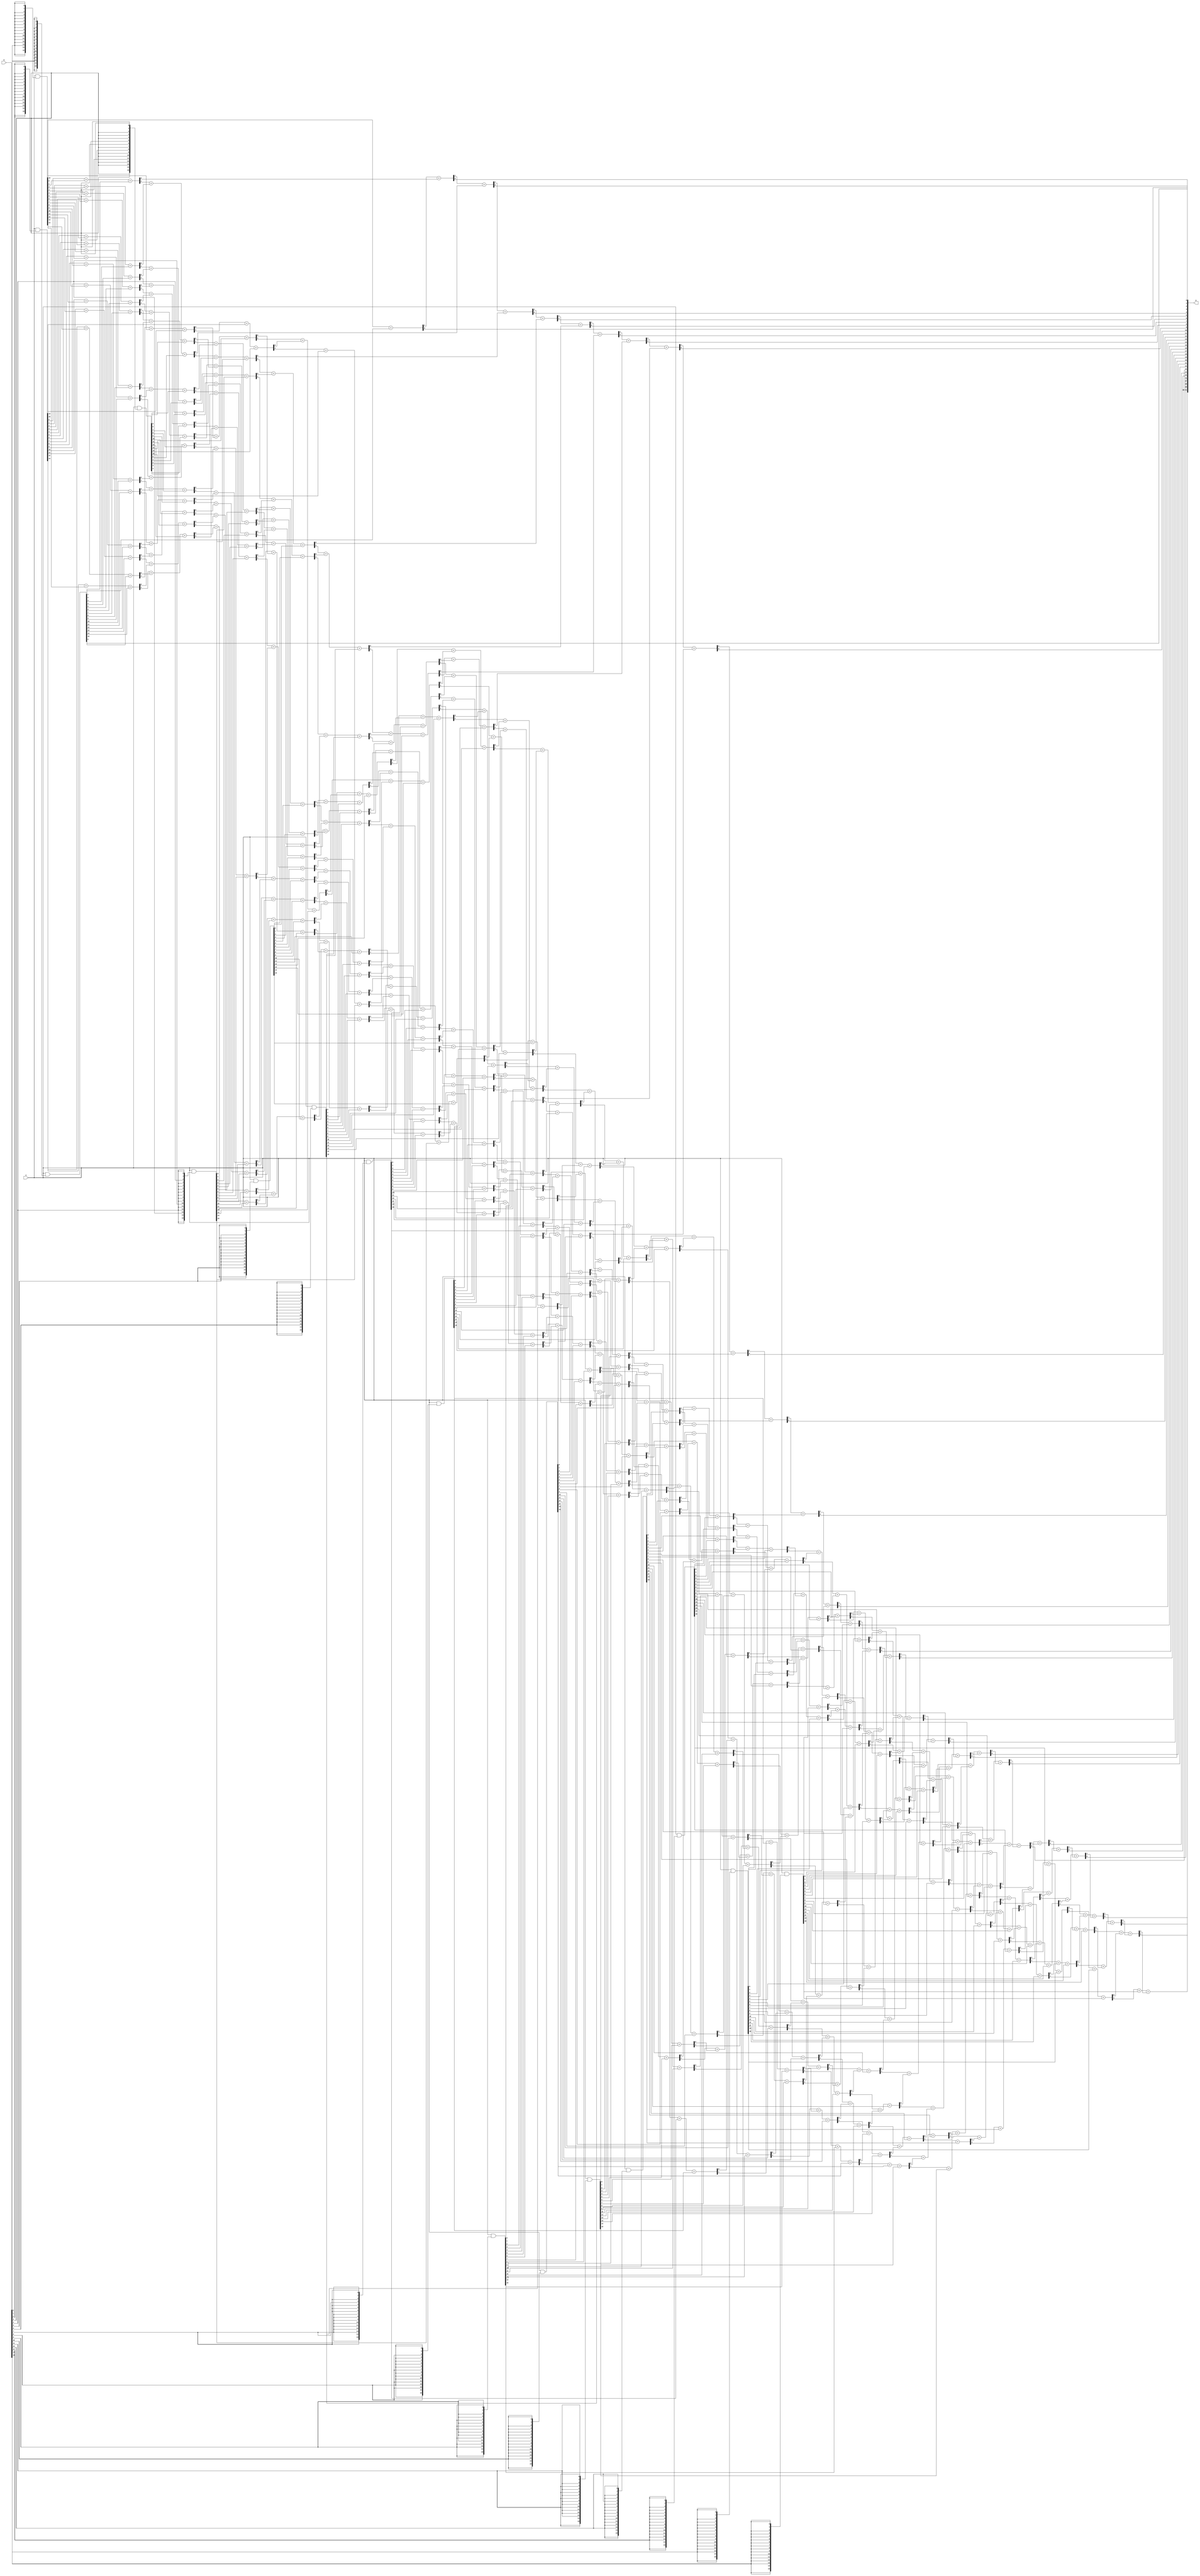
/* ======================================================================
 *
 * Fixed Bit-width 16-bit Array Multiplier (array_fix_bw_mul)
 *
 * ======================================================================
 * Basic Inforation 
 * ----------------------------------------------------------------------
 * Author           |  Wei Ye
 * ----------------------------------------------------------------------
 * Email Address    |  weiye@utexas.edu
 * ----------------------------------------------------------------------
 * Data of Creation |  04-13-2017
 * ----------------------------------------------------------------------
 * Description      |  16-bit array multiplier. 
 * =================================================================== */

 module array_fix_bw_mul 
 (
   //* input                 para_mode    , // Not used
   input    [ 15 : 0 ]   a            , // Operand A 
   input    [ 15 : 0 ]   b            , // Operand B 
   output   [ 31 : 0 ]   p              // Product 
 ) ; 

   //
   // Internal signals 
   //
   // The stage outputs are aligned
   // The first matrix coming out from the AND gates (16 rows)
   wire     [ 15 : 0 ]   b_00_a  ; // Row  0
   wire     [ 15 : 0 ]   b_01_a  ; // Row  1
   wire     [ 15 : 0 ]   b_02_a  ; // Row  2
   wire     [ 15 : 0 ]   b_03_a  ; // Row  3
   wire     [ 15 : 0 ]   b_04_a  ; // Row  4
   wire     [ 15 : 0 ]   b_05_a  ; // Row  5
   wire     [ 15 : 0 ]   b_06_a  ; // Row  6
   wire     [ 15 : 0 ]   b_07_a  ; // Row  7
   wire     [ 15 : 0 ]   b_08_a  ; // Row  8
   wire     [ 15 : 0 ]   b_09_a  ; // Row  9
   wire     [ 15 : 0 ]   b_10_a  ; // Row 10
   wire     [ 15 : 0 ]   b_11_a  ; // Row 11
   wire     [ 15 : 0 ]   b_12_a  ; // Row 12
   wire     [ 15 : 0 ]   b_13_a  ; // Row 13
   wire     [ 15 : 0 ]   b_14_a  ; // Row 14
   wire     [ 15 : 0 ]   b_15_a  ; // Row 15

   //
   // AND's
   // 
    assign b_00_a =  a  & { 16 { b [  0 ] } } ;  
    assign b_01_a =  a  & { 16 { b [  1 ] } } ;  
    assign b_02_a =  a  & { 16 { b [  2 ] } } ;  
    assign b_03_a =  a  & { 16 { b [  3 ] } } ;  
    assign b_04_a =  a  & { 16 { b [  4 ] } } ;  
    assign b_05_a =  a  & { 16 { b [  5 ] } } ;  
    assign b_06_a =  a  & { 16 { b [  6 ] } } ;  
    assign b_07_a =  a  & { 16 { b [  7 ] } } ;  
    assign b_08_a =  a  & { 16 { b [  8 ] } } ;  
    assign b_09_a =  a  & { 16 { b [  9 ] } } ;  
    assign b_10_a =  a  & { 16 { b [ 10 ] } } ;  
    assign b_11_a =  a  & { 16 { b [ 11 ] } } ;  
    assign b_12_a =  a  & { 16 { b [ 12 ] } } ;  
    assign b_13_a =  a  & { 16 { b [ 13 ] } } ;  
    assign b_14_a =  a  & { 16 { b [ 14 ] } } ;  
    assign b_15_a =  a  & { 16 { b [ 15 ] } } ;  
 
    assign p [ 0 ] = b_00_a [ 0 ] ;

    //
    // Row 0
    //
    wire [ 1 : 0 ] fa_00_01 =                 b_01_a [  0 ] + b_00_a [  1 ] ;
    wire [ 1 : 0 ] fa_00_02 = b_02_a [  0 ] + b_01_a [  1 ] + b_00_a [  2 ] ;
    wire [ 1 : 0 ] fa_00_03 = b_02_a [  1 ] + b_01_a [  2 ] + b_00_a [  3 ] ;
    wire [ 1 : 0 ] fa_00_04 = b_02_a [  2 ] + b_01_a [  3 ] + b_00_a [  4 ] ;
    wire [ 1 : 0 ] fa_00_05 = b_02_a [  3 ] + b_01_a [  4 ] + b_00_a [  5 ] ;
    wire [ 1 : 0 ] fa_00_06 = b_02_a [  4 ] + b_01_a [  5 ] + b_00_a [  6 ] ;
    wire [ 1 : 0 ] fa_00_07 = b_02_a [  5 ] + b_01_a [  6 ] + b_00_a [  7 ] ;
    wire [ 1 : 0 ] fa_00_08 = b_02_a [  6 ] + b_01_a [  7 ] + b_00_a [  8 ] ;
    wire [ 1 : 0 ] fa_00_09 = b_02_a [  7 ] + b_01_a [  8 ] + b_00_a [  9 ] ;
    wire [ 1 : 0 ] fa_00_10 = b_02_a [  8 ] + b_01_a [  9 ] + b_00_a [ 10 ] ;
    wire [ 1 : 0 ] fa_00_11 = b_02_a [  9 ] + b_01_a [ 10 ] + b_00_a [ 11 ] ;
    wire [ 1 : 0 ] fa_00_12 = b_02_a [ 10 ] + b_01_a [ 11 ] + b_00_a [ 12 ] ;
    wire [ 1 : 0 ] fa_00_13 = b_02_a [ 11 ] + b_01_a [ 12 ] + b_00_a [ 13 ] ;
    wire [ 1 : 0 ] fa_00_14 = b_02_a [ 12 ] + b_01_a [ 13 ] + b_00_a [ 14 ] ;
    wire [ 1 : 0 ] fa_00_15 = b_02_a [ 13 ] + b_01_a [ 14 ] + b_00_a [ 15 ] ;

    assign p [ 1 ] = fa_00_01 [ 0 ] ;


   //
   // Row 1
   //
   wire [ 1 : 0 ] fa_01_02 = fa_00_01 [ 1 ] + fa_00_02 [ 0 ]                 ;
   wire [ 1 : 0 ] fa_01_03 = fa_00_02 [ 1 ] + fa_00_03 [ 0 ] + b_03_a [  0 ] ;
   wire [ 1 : 0 ] fa_01_04 = fa_00_03 [ 1 ] + fa_00_04 [ 0 ] + b_03_a [  1 ] ;
   wire [ 1 : 0 ] fa_01_05 = fa_00_04 [ 1 ] + fa_00_05 [ 0 ] + b_03_a [  2 ] ;
   wire [ 1 : 0 ] fa_01_06 = fa_00_05 [ 1 ] + fa_00_06 [ 0 ] + b_03_a [  3 ] ;
   wire [ 1 : 0 ] fa_01_07 = fa_00_06 [ 1 ] + fa_00_07 [ 0 ] + b_03_a [  4 ] ;
   wire [ 1 : 0 ] fa_01_08 = fa_00_07 [ 1 ] + fa_00_08 [ 0 ] + b_03_a [  5 ] ;
   wire [ 1 : 0 ] fa_01_09 = fa_00_08 [ 1 ] + fa_00_09 [ 0 ] + b_03_a [  6 ] ;
   wire [ 1 : 0 ] fa_01_10 = fa_00_09 [ 1 ] + fa_00_10 [ 0 ] + b_03_a [  7 ] ;
   wire [ 1 : 0 ] fa_01_11 = fa_00_10 [ 1 ] + fa_00_11 [ 0 ] + b_03_a [  8 ] ;
   wire [ 1 : 0 ] fa_01_12 = fa_00_11 [ 1 ] + fa_00_12 [ 0 ] + b_03_a [  9 ] ;
   wire [ 1 : 0 ] fa_01_13 = fa_00_12 [ 1 ] + fa_00_13 [ 0 ] + b_03_a [ 10 ] ;
   wire [ 1 : 0 ] fa_01_14 = fa_00_13 [ 1 ] + fa_00_14 [ 0 ] + b_03_a [ 11 ] ;
   wire [ 1 : 0 ] fa_01_15 = fa_00_14 [ 1 ] + fa_00_15 [ 0 ] + b_03_a [ 12 ] ;
   wire [ 1 : 0 ] fa_01_16 = fa_00_15 [ 1 ] +  b_01_a [ 15 ] + b_02_a [ 14 ] ;
   
   assign p [ 2 ] = fa_01_02 [ 0 ] ;


   //
   // Row 2
   //
   wire [ 1 : 0 ] fa_02_03 = fa_01_02 [ 1 ] + fa_01_03 [ 0 ]                 ;
   wire [ 1 : 0 ] fa_02_04 = fa_01_03 [ 1 ] + fa_01_04 [ 0 ] + b_04_a [  0 ] ;
   wire [ 1 : 0 ] fa_02_05 = fa_01_04 [ 1 ] + fa_01_05 [ 0 ] + b_04_a [  1 ] ;
   wire [ 1 : 0 ] fa_02_06 = fa_01_05 [ 1 ] + fa_01_06 [ 0 ] + b_04_a [  2 ] ;
   wire [ 1 : 0 ] fa_02_07 = fa_01_06 [ 1 ] + fa_01_07 [ 0 ] + b_04_a [  3 ] ;
   wire [ 1 : 0 ] fa_02_08 = fa_01_07 [ 1 ] + fa_01_08 [ 0 ] + b_04_a [  4 ] ;
   wire [ 1 : 0 ] fa_02_09 = fa_01_08 [ 1 ] + fa_01_09 [ 0 ] + b_04_a [  5 ] ;
   wire [ 1 : 0 ] fa_02_10 = fa_01_09 [ 1 ] + fa_01_10 [ 0 ] + b_04_a [  6 ] ;
   wire [ 1 : 0 ] fa_02_11 = fa_01_10 [ 1 ] + fa_01_11 [ 0 ] + b_04_a [  7 ] ;
   wire [ 1 : 0 ] fa_02_12 = fa_01_11 [ 1 ] + fa_01_12 [ 0 ] + b_04_a [  8 ] ;
   wire [ 1 : 0 ] fa_02_13 = fa_01_12 [ 1 ] + fa_01_13 [ 0 ] + b_04_a [  9 ] ;
   wire [ 1 : 0 ] fa_02_14 = fa_01_13 [ 1 ] + fa_01_14 [ 0 ] + b_04_a [ 10 ] ;
   wire [ 1 : 0 ] fa_02_15 = fa_01_14 [ 1 ] + fa_01_15 [ 0 ] + b_04_a [ 11 ] ;
   wire [ 1 : 0 ] fa_02_16 = fa_01_15 [ 1 ] + fa_01_16 [ 0 ] + b_03_a [ 13 ] ;
   wire [ 1 : 0 ] fa_02_17 = fa_01_16 [ 1 ] +  b_02_a [ 15 ] + b_03_a [ 14 ] ;
   
   assign p [ 3 ] = fa_02_03 [ 0 ] ;

   //
   // Row 3
   //
   wire [ 1 : 0 ] fa_03_04 = fa_02_03 [ 1 ] + fa_02_04 [ 0 ]                 ;
   wire [ 1 : 0 ] fa_03_05 = fa_02_04 [ 1 ] + fa_02_05 [ 0 ] + b_05_a [  0 ] ;
   wire [ 1 : 0 ] fa_03_06 = fa_02_05 [ 1 ] + fa_02_06 [ 0 ] + b_05_a [  1 ] ;
   wire [ 1 : 0 ] fa_03_07 = fa_02_06 [ 1 ] + fa_02_07 [ 0 ] + b_05_a [  2 ] ;
   wire [ 1 : 0 ] fa_03_08 = fa_02_07 [ 1 ] + fa_02_08 [ 0 ] + b_05_a [  3 ] ;
   wire [ 1 : 0 ] fa_03_09 = fa_02_08 [ 1 ] + fa_02_09 [ 0 ] + b_05_a [  4 ] ;
   wire [ 1 : 0 ] fa_03_10 = fa_02_09 [ 1 ] + fa_02_10 [ 0 ] + b_05_a [  5 ] ;
   wire [ 1 : 0 ] fa_03_11 = fa_02_10 [ 1 ] + fa_02_11 [ 0 ] + b_05_a [  6 ] ;
   wire [ 1 : 0 ] fa_03_12 = fa_02_11 [ 1 ] + fa_02_12 [ 0 ] + b_05_a [  7 ] ;
   wire [ 1 : 0 ] fa_03_13 = fa_02_12 [ 1 ] + fa_02_13 [ 0 ] + b_05_a [  8 ] ;
   wire [ 1 : 0 ] fa_03_14 = fa_02_13 [ 1 ] + fa_02_14 [ 0 ] + b_05_a [  9 ] ;
   wire [ 1 : 0 ] fa_03_15 = fa_02_14 [ 1 ] + fa_02_15 [ 0 ] + b_05_a [ 10 ] ;
   wire [ 1 : 0 ] fa_03_16 = fa_02_15 [ 1 ] + fa_02_16 [ 0 ] + b_04_a [ 12 ] ;
   wire [ 1 : 0 ] fa_03_17 = fa_02_16 [ 1 ] + fa_02_17 [ 0 ] + b_04_a [ 13 ] ;
   wire [ 1 : 0 ] fa_03_18 = fa_02_17 [ 1 ] +  b_03_a [ 15 ] + b_04_a [ 14 ] ;

   assign p [ 4 ] = fa_03_04 [ 0 ] ;

   //
   // Row 4
   //
   wire [ 1 : 0 ] fa_04_05 = fa_03_04 [ 1 ] + fa_03_05 [ 0 ]                 ;
   wire [ 1 : 0 ] fa_04_06 = fa_03_05 [ 1 ] + fa_03_06 [ 0 ] + b_06_a [  0 ] ;
   wire [ 1 : 0 ] fa_04_07 = fa_03_06 [ 1 ] + fa_03_07 [ 0 ] + b_06_a [  1 ] ;
   wire [ 1 : 0 ] fa_04_08 = fa_03_07 [ 1 ] + fa_03_08 [ 0 ] + b_06_a [  2 ] ;
   wire [ 1 : 0 ] fa_04_09 = fa_03_08 [ 1 ] + fa_03_09 [ 0 ] + b_06_a [  3 ] ;
   wire [ 1 : 0 ] fa_04_10 = fa_03_09 [ 1 ] + fa_03_10 [ 0 ] + b_06_a [  4 ] ;
   wire [ 1 : 0 ] fa_04_11 = fa_03_10 [ 1 ] + fa_03_11 [ 0 ] + b_06_a [  5 ] ;
   wire [ 1 : 0 ] fa_04_12 = fa_03_11 [ 1 ] + fa_03_12 [ 0 ] + b_06_a [  6 ] ;
   wire [ 1 : 0 ] fa_04_13 = fa_03_12 [ 1 ] + fa_03_13 [ 0 ] + b_06_a [  7 ] ;
   wire [ 1 : 0 ] fa_04_14 = fa_03_13 [ 1 ] + fa_03_14 [ 0 ] + b_06_a [  8 ] ;
   wire [ 1 : 0 ] fa_04_15 = fa_03_14 [ 1 ] + fa_03_15 [ 0 ] + b_06_a [  9 ] ;
   wire [ 1 : 0 ] fa_04_16 = fa_03_15 [ 1 ] + fa_03_16 [ 0 ] + b_05_a [ 11 ] ;
   wire [ 1 : 0 ] fa_04_17 = fa_03_16 [ 1 ] + fa_03_17 [ 0 ] + b_05_a [ 12 ] ;
   wire [ 1 : 0 ] fa_04_18 = fa_03_17 [ 1 ] + fa_03_18 [ 0 ] + b_05_a [ 13 ] ;
   wire [ 1 : 0 ] fa_04_19 = fa_03_18 [ 1 ] +  b_04_a [ 15 ] + b_05_a [ 14 ] ;

    assign p [ 5 ] = fa_04_05 [ 0 ] ;


   //
   // Row 5
   //
   wire [ 1 : 0 ] fa_05_06 = fa_04_05 [ 1 ] + fa_04_06 [ 0 ]                 ;
   wire [ 1 : 0 ] fa_05_07 = fa_04_06 [ 1 ] + fa_04_07 [ 0 ] + b_07_a [  0 ] ;
   wire [ 1 : 0 ] fa_05_08 = fa_04_07 [ 1 ] + fa_04_08 [ 0 ] + b_07_a [  1 ] ;
   wire [ 1 : 0 ] fa_05_09 = fa_04_08 [ 1 ] + fa_04_09 [ 0 ] + b_07_a [  2 ] ;
   wire [ 1 : 0 ] fa_05_10 = fa_04_09 [ 1 ] + fa_04_10 [ 0 ] + b_07_a [  3 ] ;
   wire [ 1 : 0 ] fa_05_11 = fa_04_10 [ 1 ] + fa_04_11 [ 0 ] + b_07_a [  4 ] ;
   wire [ 1 : 0 ] fa_05_12 = fa_04_11 [ 1 ] + fa_04_12 [ 0 ] + b_07_a [  5 ] ;
   wire [ 1 : 0 ] fa_05_13 = fa_04_12 [ 1 ] + fa_04_13 [ 0 ] + b_07_a [  6 ] ;
   wire [ 1 : 0 ] fa_05_14 = fa_04_13 [ 1 ] + fa_04_14 [ 0 ] + b_07_a [  7 ] ;
   wire [ 1 : 0 ] fa_05_15 = fa_04_14 [ 1 ] + fa_04_15 [ 0 ] + b_07_a [  8 ] ;
   wire [ 1 : 0 ] fa_05_16 = fa_04_15 [ 1 ] + fa_04_16 [ 0 ] + b_06_a [ 10 ] ;
   wire [ 1 : 0 ] fa_05_17 = fa_04_16 [ 1 ] + fa_04_17 [ 0 ] + b_06_a [ 11 ] ;
   wire [ 1 : 0 ] fa_05_18 = fa_04_17 [ 1 ] + fa_04_18 [ 0 ] + b_06_a [ 12 ] ;
   wire [ 1 : 0 ] fa_05_19 = fa_04_18 [ 1 ] + fa_04_19 [ 0 ] + b_06_a [ 13 ] ;
   wire [ 1 : 0 ] fa_05_20 = fa_04_19 [ 1 ] +  b_05_a [ 15 ] + b_06_a [ 14 ] ;

   assign p [ 6 ] = fa_05_06 [ 0 ] ;


   //
   // Row 6
   //
   wire [ 1 : 0 ] fa_06_07 = fa_05_06 [ 1 ] + fa_05_07 [ 0 ]                 ;
   wire [ 1 : 0 ] fa_06_08 = fa_05_07 [ 1 ] + fa_05_08 [ 0 ] + b_08_a [  0 ] ;
   wire [ 1 : 0 ] fa_06_09 = fa_05_08 [ 1 ] + fa_05_09 [ 0 ] + b_08_a [  1 ] ;
   wire [ 1 : 0 ] fa_06_10 = fa_05_09 [ 1 ] + fa_05_10 [ 0 ] + b_08_a [  2 ] ;
   wire [ 1 : 0 ] fa_06_11 = fa_05_10 [ 1 ] + fa_05_11 [ 0 ] + b_08_a [  3 ] ;
   wire [ 1 : 0 ] fa_06_12 = fa_05_11 [ 1 ] + fa_05_12 [ 0 ] + b_08_a [  4 ] ;
   wire [ 1 : 0 ] fa_06_13 = fa_05_12 [ 1 ] + fa_05_13 [ 0 ] + b_08_a [  5 ] ;
   wire [ 1 : 0 ] fa_06_14 = fa_05_13 [ 1 ] + fa_05_14 [ 0 ] + b_08_a [  6 ] ;
   wire [ 1 : 0 ] fa_06_15 = fa_05_14 [ 1 ] + fa_05_15 [ 0 ] + b_08_a [  7 ] ;
   wire [ 1 : 0 ] fa_06_16 = fa_05_15 [ 1 ] + fa_05_16 [ 0 ] + b_07_a [  9 ] ;
   wire [ 1 : 0 ] fa_06_17 = fa_05_16 [ 1 ] + fa_05_17 [ 0 ] + b_07_a [ 10 ] ;
   wire [ 1 : 0 ] fa_06_18 = fa_05_17 [ 1 ] + fa_05_18 [ 0 ] + b_07_a [ 11 ] ;
   wire [ 1 : 0 ] fa_06_19 = fa_05_18 [ 1 ] + fa_05_19 [ 0 ] + b_07_a [ 12 ] ;
   wire [ 1 : 0 ] fa_06_20 = fa_05_19 [ 1 ] + fa_05_20 [ 0 ] + b_07_a [ 13 ] ;
   wire [ 1 : 0 ] fa_06_21 = fa_05_20 [ 1 ] +  b_06_a [ 15 ] + b_07_a [ 14 ] ;

   assign p [ 7 ] = fa_06_07 [ 0 ] ;


   //
   // Row 7
   //
   wire [ 1 : 0 ] fa_07_08 = fa_06_07 [ 1 ] + fa_06_08 [ 0 ]                 ;
   wire [ 1 : 0 ] fa_07_09 = fa_06_08 [ 1 ] + fa_06_09 [ 0 ] + b_09_a [  0 ] ;
   wire [ 1 : 0 ] fa_07_10 = fa_06_09 [ 1 ] + fa_06_10 [ 0 ] + b_09_a [  1 ] ;
   wire [ 1 : 0 ] fa_07_11 = fa_06_10 [ 1 ] + fa_06_11 [ 0 ] + b_09_a [  2 ] ;
   wire [ 1 : 0 ] fa_07_12 = fa_06_11 [ 1 ] + fa_06_12 [ 0 ] + b_09_a [  3 ] ;
   wire [ 1 : 0 ] fa_07_13 = fa_06_12 [ 1 ] + fa_06_13 [ 0 ] + b_09_a [  4 ] ;
   wire [ 1 : 0 ] fa_07_14 = fa_06_13 [ 1 ] + fa_06_14 [ 0 ] + b_09_a [  5 ] ;
   wire [ 1 : 0 ] fa_07_15 = fa_06_14 [ 1 ] + fa_06_15 [ 0 ] + b_09_a [  6 ] ;
   wire [ 1 : 0 ] fa_07_16 = fa_06_15 [ 1 ] + fa_06_16 [ 0 ] + b_08_a [  8 ] ;
   wire [ 1 : 0 ] fa_07_17 = fa_06_16 [ 1 ] + fa_06_17 [ 0 ] + b_08_a [  9 ] ;
   wire [ 1 : 0 ] fa_07_18 = fa_06_17 [ 1 ] + fa_06_18 [ 0 ] + b_08_a [ 10 ] ;
   wire [ 1 : 0 ] fa_07_19 = fa_06_18 [ 1 ] + fa_06_19 [ 0 ] + b_08_a [ 11 ] ;
   wire [ 1 : 0 ] fa_07_20 = fa_06_19 [ 1 ] + fa_06_20 [ 0 ] + b_08_a [ 12 ] ;
   wire [ 1 : 0 ] fa_07_21 = fa_06_20 [ 1 ] + fa_06_21 [ 0 ] + b_08_a [ 13 ] ;
   wire [ 1 : 0 ] fa_07_22 = fa_06_21 [ 1 ] +  b_07_a [ 15 ] + b_08_a [ 14 ] ;

    assign p [ 8 ] = fa_07_08 [ 0 ] ;


   //
   // Row 8
   //
   wire [ 1 : 0 ] fa_08_09 = fa_07_08 [ 1 ] + fa_07_09 [ 0 ]                 ;
   wire [ 1 : 0 ] fa_08_10 = fa_07_09 [ 1 ] + fa_07_10 [ 0 ] + b_10_a [  0 ] ;
   wire [ 1 : 0 ] fa_08_11 = fa_07_10 [ 1 ] + fa_07_11 [ 0 ] + b_10_a [  1 ] ;
   wire [ 1 : 0 ] fa_08_12 = fa_07_11 [ 1 ] + fa_07_12 [ 0 ] + b_10_a [  2 ] ;
   wire [ 1 : 0 ] fa_08_13 = fa_07_12 [ 1 ] + fa_07_13 [ 0 ] + b_10_a [  3 ] ;
   wire [ 1 : 0 ] fa_08_14 = fa_07_13 [ 1 ] + fa_07_14 [ 0 ] + b_10_a [  4 ] ;
   wire [ 1 : 0 ] fa_08_15 = fa_07_14 [ 1 ] + fa_07_15 [ 0 ] + b_10_a [  5 ] ;
   wire [ 1 : 0 ] fa_08_16 = fa_07_15 [ 1 ] + fa_07_16 [ 0 ] + b_09_a [  7 ] ;
   wire [ 1 : 0 ] fa_08_17 = fa_07_16 [ 1 ] + fa_07_17 [ 0 ] + b_09_a [  8 ] ;
   wire [ 1 : 0 ] fa_08_18 = fa_07_17 [ 1 ] + fa_07_18 [ 0 ] + b_09_a [  9 ] ;
   wire [ 1 : 0 ] fa_08_19 = fa_07_18 [ 1 ] + fa_07_19 [ 0 ] + b_09_a [ 10 ] ;
   wire [ 1 : 0 ] fa_08_20 = fa_07_19 [ 1 ] + fa_07_20 [ 0 ] + b_09_a [ 11 ] ;
   wire [ 1 : 0 ] fa_08_21 = fa_07_20 [ 1 ] + fa_07_21 [ 0 ] + b_09_a [ 12 ] ;
   wire [ 1 : 0 ] fa_08_22 = fa_07_21 [ 1 ] + fa_07_22 [ 0 ] + b_09_a [ 13 ] ;
   wire [ 1 : 0 ] fa_08_23 = fa_07_22 [ 1 ] +  b_08_a [ 15 ] + b_09_a [ 14 ] ;

    assign p [ 9 ] = fa_08_09 [ 0 ] ;


    //
    // Row 9
    //
    wire [ 1 : 0 ] fa_09_10 = fa_08_09 [ 1 ] + fa_08_10 [ 0 ]                 ;
    wire [ 1 : 0 ] fa_09_11 = fa_08_10 [ 1 ] + fa_08_11 [ 0 ] + b_11_a [  0 ] ;
    wire [ 1 : 0 ] fa_09_12 = fa_08_11 [ 1 ] + fa_08_12 [ 0 ] + b_11_a [  1 ] ;
    wire [ 1 : 0 ] fa_09_13 = fa_08_12 [ 1 ] + fa_08_13 [ 0 ] + b_11_a [  2 ] ;
    wire [ 1 : 0 ] fa_09_14 = fa_08_13 [ 1 ] + fa_08_14 [ 0 ] + b_11_a [  3 ] ;
    wire [ 1 : 0 ] fa_09_15 = fa_08_14 [ 1 ] + fa_08_15 [ 0 ] + b_11_a [  4 ] ;
    wire [ 1 : 0 ] fa_09_16 = fa_08_15 [ 1 ] + fa_08_16 [ 0 ] + b_10_a [  6 ] ;
    wire [ 1 : 0 ] fa_09_17 = fa_08_16 [ 1 ] + fa_08_17 [ 0 ] + b_10_a [  7 ] ;
    wire [ 1 : 0 ] fa_09_18 = fa_08_17 [ 1 ] + fa_08_18 [ 0 ] + b_10_a [  8 ] ;
    wire [ 1 : 0 ] fa_09_19 = fa_08_18 [ 1 ] + fa_08_19 [ 0 ] + b_10_a [  9 ] ;
    wire [ 1 : 0 ] fa_09_20 = fa_08_19 [ 1 ] + fa_08_20 [ 0 ] + b_10_a [ 10 ] ;
    wire [ 1 : 0 ] fa_09_21 = fa_08_20 [ 1 ] + fa_08_21 [ 0 ] + b_10_a [ 11 ] ;
    wire [ 1 : 0 ] fa_09_22 = fa_08_21 [ 1 ] + fa_08_22 [ 0 ] + b_10_a [ 12 ] ;
    wire [ 1 : 0 ] fa_09_23 = fa_08_22 [ 1 ] + fa_08_23 [ 0 ] + b_10_a [ 13 ] ; 
    wire [ 1 : 0 ] fa_09_24 = fa_08_23 [ 1 ] +  b_09_a [ 15 ] + b_10_a [ 14 ] ;

    assign p [ 10 ] = fa_09_10 [ 0 ] ;


    //
    // Row 10
    //
    wire [ 1 : 0 ] fa_10_11 = fa_09_10 [ 1 ] + fa_09_11 [ 0 ]                 ;
    wire [ 1 : 0 ] fa_10_12 = fa_09_11 [ 1 ] + fa_09_12 [ 0 ] + b_12_a [  0 ] ;
    wire [ 1 : 0 ] fa_10_13 = fa_09_12 [ 1 ] + fa_09_13 [ 0 ] + b_12_a [  1 ] ;
    wire [ 1 : 0 ] fa_10_14 = fa_09_13 [ 1 ] + fa_09_14 [ 0 ] + b_12_a [  2 ] ;
    wire [ 1 : 0 ] fa_10_15 = fa_09_14 [ 1 ] + fa_09_15 [ 0 ] + b_12_a [  3 ] ;
    wire [ 1 : 0 ] fa_10_16 = fa_09_15 [ 1 ] + fa_09_16 [ 0 ] + b_11_a [  5 ] ;
    wire [ 1 : 0 ] fa_10_17 = fa_09_16 [ 1 ] + fa_09_17 [ 0 ] + b_11_a [  6 ] ;
    wire [ 1 : 0 ] fa_10_18 = fa_09_17 [ 1 ] + fa_09_18 [ 0 ] + b_11_a [  7 ] ;
    wire [ 1 : 0 ] fa_10_19 = fa_09_18 [ 1 ] + fa_09_19 [ 0 ] + b_11_a [  8 ] ;
    wire [ 1 : 0 ] fa_10_20 = fa_09_19 [ 1 ] + fa_09_20 [ 0 ] + b_11_a [  9 ] ;
    wire [ 1 : 0 ] fa_10_21 = fa_09_20 [ 1 ] + fa_09_21 [ 0 ] + b_11_a [ 10 ] ;
    wire [ 1 : 0 ] fa_10_22 = fa_09_21 [ 1 ] + fa_09_22 [ 0 ] + b_11_a [ 11 ] ;
    wire [ 1 : 0 ] fa_10_23 = fa_09_22 [ 1 ] + fa_09_23 [ 0 ] + b_11_a [ 12 ] ; 
    wire [ 1 : 0 ] fa_10_24 = fa_09_23 [ 1 ] + fa_09_24 [ 0 ] + b_11_a [ 13 ] ;
    wire [ 1 : 0 ] fa_10_25 = fa_09_24 [ 1 ] +  b_10_a [ 15 ] + b_11_a [ 14 ] ;

    assign p [ 11 ] = fa_10_11 [ 0 ] ;

    //
    // Row 11
    //
    wire [ 1 : 0 ] fa_11_12 = fa_10_11 [ 1 ] + fa_10_12 [ 0 ]                 ;
    wire [ 1 : 0 ] fa_11_13 = fa_10_12 [ 1 ] + fa_10_13 [ 0 ] + b_13_a [  0 ] ;
    wire [ 1 : 0 ] fa_11_14 = fa_10_13 [ 1 ] + fa_10_14 [ 0 ] + b_13_a [  1 ] ;
    wire [ 1 : 0 ] fa_11_15 = fa_10_14 [ 1 ] + fa_10_15 [ 0 ] + b_13_a [  2 ] ;
    wire [ 1 : 0 ] fa_11_16 = fa_10_15 [ 1 ] + fa_10_16 [ 0 ] + b_12_a [  4 ] ;
    wire [ 1 : 0 ] fa_11_17 = fa_10_16 [ 1 ] + fa_10_17 [ 0 ] + b_12_a [  5 ] ;
    wire [ 1 : 0 ] fa_11_18 = fa_10_17 [ 1 ] + fa_10_18 [ 0 ] + b_12_a [  6 ] ;
    wire [ 1 : 0 ] fa_11_19 = fa_10_18 [ 1 ] + fa_10_19 [ 0 ] + b_12_a [  7 ] ;
    wire [ 1 : 0 ] fa_11_20 = fa_10_19 [ 1 ] + fa_10_20 [ 0 ] + b_12_a [  8 ] ;
    wire [ 1 : 0 ] fa_11_21 = fa_10_20 [ 1 ] + fa_10_21 [ 0 ] + b_12_a [  9 ] ;
    wire [ 1 : 0 ] fa_11_22 = fa_10_21 [ 1 ] + fa_10_22 [ 0 ] + b_12_a [ 10 ] ;
    wire [ 1 : 0 ] fa_11_23 = fa_10_22 [ 1 ] + fa_10_23 [ 0 ] + b_12_a [ 11 ] ; 
    wire [ 1 : 0 ] fa_11_24 = fa_10_23 [ 1 ] + fa_10_24 [ 0 ] + b_12_a [ 12 ] ;
    wire [ 1 : 0 ] fa_11_25 = fa_10_24 [ 1 ] + fa_10_25 [ 0 ] + b_12_a [ 13 ] ;
    wire [ 1 : 0 ] fa_11_26 = fa_10_25 [ 1 ] +  b_11_a [ 15 ] + b_12_a [ 14 ] ;
    
    assign p [ 12 ] = fa_11_12 [ 0 ] ;

    //
    // Row 12
    //
    wire [ 1 : 0 ] fa_12_13 = fa_11_12 [ 1 ] + fa_11_13 [ 0 ]                 ;
    wire [ 1 : 0 ] fa_12_14 = fa_11_13 [ 1 ] + fa_11_14 [ 0 ] + b_14_a [  0 ] ;
    wire [ 1 : 0 ] fa_12_15 = fa_11_14 [ 1 ] + fa_11_15 [ 0 ] + b_14_a [  1 ] ;
    wire [ 1 : 0 ] fa_12_16 = fa_11_15 [ 1 ] + fa_11_16 [ 0 ] + b_13_a [  3 ] ;
    wire [ 1 : 0 ] fa_12_17 = fa_11_16 [ 1 ] + fa_11_17 [ 0 ] + b_13_a [  4 ] ;
    wire [ 1 : 0 ] fa_12_18 = fa_11_17 [ 1 ] + fa_11_18 [ 0 ] + b_13_a [  5 ] ;
    wire [ 1 : 0 ] fa_12_19 = fa_11_18 [ 1 ] + fa_11_19 [ 0 ] + b_13_a [  6 ] ;
    wire [ 1 : 0 ] fa_12_20 = fa_11_19 [ 1 ] + fa_11_20 [ 0 ] + b_13_a [  7 ] ;
    wire [ 1 : 0 ] fa_12_21 = fa_11_20 [ 1 ] + fa_11_21 [ 0 ] + b_13_a [  8 ] ;
    wire [ 1 : 0 ] fa_12_22 = fa_11_21 [ 1 ] + fa_11_22 [ 0 ] + b_13_a [  9 ] ;
    wire [ 1 : 0 ] fa_12_23 = fa_11_22 [ 1 ] + fa_11_23 [ 0 ] + b_13_a [ 10 ] ; 
    wire [ 1 : 0 ] fa_12_24 = fa_11_23 [ 1 ] + fa_11_24 [ 0 ] + b_13_a [ 11 ] ;
    wire [ 1 : 0 ] fa_12_25 = fa_11_24 [ 1 ] + fa_11_25 [ 0 ] + b_13_a [ 12 ] ;
    wire [ 1 : 0 ] fa_12_26 = fa_11_25 [ 1 ] + fa_11_26 [ 0 ] + b_13_a [ 13 ] ;
    wire [ 1 : 0 ] fa_12_27 = fa_11_26 [ 1 ] +  b_12_a [ 15 ] + b_13_a [ 14 ] ;
    
    assign p [ 13 ] = fa_12_13 [ 0 ] ;

    //
    // Row 13
    //
    wire [ 1 : 0 ] fa_13_14 = fa_12_13 [ 1 ] + fa_12_14 [ 0 ]                 ;
    wire [ 1 : 0 ] fa_13_15 = fa_12_14 [ 1 ] + fa_12_15 [ 0 ] + b_15_a [  0 ] ;
    wire [ 1 : 0 ] fa_13_16 = fa_12_15 [ 1 ] + fa_12_16 [ 0 ] + b_14_a [  2 ] ;
    wire [ 1 : 0 ] fa_13_17 = fa_12_16 [ 1 ] + fa_12_17 [ 0 ] + b_14_a [  3 ] ;
    wire [ 1 : 0 ] fa_13_18 = fa_12_17 [ 1 ] + fa_12_18 [ 0 ] + b_14_a [  4 ] ;
    wire [ 1 : 0 ] fa_13_19 = fa_12_18 [ 1 ] + fa_12_19 [ 0 ] + b_14_a [  5 ] ;
    wire [ 1 : 0 ] fa_13_20 = fa_12_19 [ 1 ] + fa_12_20 [ 0 ] + b_14_a [  6 ] ;
    wire [ 1 : 0 ] fa_13_21 = fa_12_20 [ 1 ] + fa_12_21 [ 0 ] + b_14_a [  7 ] ;
    wire [ 1 : 0 ] fa_13_22 = fa_12_21 [ 1 ] + fa_12_22 [ 0 ] + b_14_a [  8 ] ;
    wire [ 1 : 0 ] fa_13_23 = fa_12_22 [ 1 ] + fa_12_23 [ 0 ] + b_14_a [  9 ] ; 
    wire [ 1 : 0 ] fa_13_24 = fa_12_23 [ 1 ] + fa_12_24 [ 0 ] + b_14_a [ 10 ] ;
    wire [ 1 : 0 ] fa_13_25 = fa_12_24 [ 1 ] + fa_12_25 [ 0 ] + b_14_a [ 11 ] ;
    wire [ 1 : 0 ] fa_13_26 = fa_12_25 [ 1 ] + fa_12_26 [ 0 ] + b_14_a [ 12 ] ;
    wire [ 1 : 0 ] fa_13_27 = fa_12_26 [ 1 ] + fa_12_27 [ 0 ] + b_14_a [ 13 ] ;
    wire [ 1 : 0 ] fa_13_28 = fa_12_27 [ 1 ] +  b_13_a [ 15 ] + b_14_a [ 14 ] ;
    
    assign p [ 14 ] = fa_13_14 [ 0 ] ;


    //
    // Row 14
    //
    wire [ 1 : 0 ] fa_14_15 = fa_13_14 [ 1 ] + fa_13_15 [ 0 ]                 ;
    wire [ 1 : 0 ] fa_14_16 = fa_13_15 [ 1 ] + fa_13_16 [ 0 ] + b_15_a [  1 ] ;
    wire [ 1 : 0 ] fa_14_17 = fa_13_16 [ 1 ] + fa_13_17 [ 0 ] + b_15_a [  2 ] ;
    wire [ 1 : 0 ] fa_14_18 = fa_13_17 [ 1 ] + fa_13_18 [ 0 ] + b_15_a [  3 ] ;
    wire [ 1 : 0 ] fa_14_19 = fa_13_18 [ 1 ] + fa_13_19 [ 0 ] + b_15_a [  4 ] ;
    wire [ 1 : 0 ] fa_14_20 = fa_13_19 [ 1 ] + fa_13_20 [ 0 ] + b_15_a [  5 ] ;
    wire [ 1 : 0 ] fa_14_21 = fa_13_20 [ 1 ] + fa_13_21 [ 0 ] + b_15_a [  6 ] ;
    wire [ 1 : 0 ] fa_14_22 = fa_13_21 [ 1 ] + fa_13_22 [ 0 ] + b_15_a [  7 ] ;
    wire [ 1 : 0 ] fa_14_23 = fa_13_22 [ 1 ] + fa_13_23 [ 0 ] + b_15_a [  8 ] ; 
    wire [ 1 : 0 ] fa_14_24 = fa_13_23 [ 1 ] + fa_13_24 [ 0 ] + b_15_a [  9 ] ;
    wire [ 1 : 0 ] fa_14_25 = fa_13_24 [ 1 ] + fa_13_25 [ 0 ] + b_15_a [ 10 ] ;
    wire [ 1 : 0 ] fa_14_26 = fa_13_25 [ 1 ] + fa_13_26 [ 0 ] + b_15_a [ 11 ] ;
    wire [ 1 : 0 ] fa_14_27 = fa_13_26 [ 1 ] + fa_13_27 [ 0 ] + b_15_a [ 12 ] ;
    wire [ 1 : 0 ] fa_14_28 = fa_13_27 [ 1 ] + fa_13_28 [ 0 ] + b_15_a [ 13 ] ;
    wire [ 1 : 0 ] fa_14_29 = fa_13_28 [ 1 ] +  b_14_a [ 15 ] + b_15_a [ 14 ] ;
    
    assign p [ 15 ] = fa_14_15 [ 0 ] ;


    //
    // Row 15
    //
    wire [ 1 : 0 ] fa_15_16 = fa_14_15 [ 1 ] + fa_14_16 [ 0 ]                  ;
    wire [ 1 : 0 ] fa_15_17 = fa_14_16 [ 1 ] + fa_14_17 [ 0 ] + fa_15_16 [ 1 ] ;
    wire [ 1 : 0 ] fa_15_18 = fa_14_17 [ 1 ] + fa_14_18 [ 0 ] + fa_15_17 [ 1 ] ;
    wire [ 1 : 0 ] fa_15_19 = fa_14_18 [ 1 ] + fa_14_19 [ 0 ] + fa_15_18 [ 1 ] ;
    wire [ 1 : 0 ] fa_15_20 = fa_14_19 [ 1 ] + fa_14_20 [ 0 ] + fa_15_19 [ 1 ] ;
    wire [ 1 : 0 ] fa_15_21 = fa_14_20 [ 1 ] + fa_14_21 [ 0 ] + fa_15_20 [ 1 ] ;
    wire [ 1 : 0 ] fa_15_22 = fa_14_21 [ 1 ] + fa_14_22 [ 0 ] + fa_15_21 [ 1 ] ;
    wire [ 1 : 0 ] fa_15_23 = fa_14_22 [ 1 ] + fa_14_23 [ 0 ] + fa_15_22 [ 1 ] ; 
    wire [ 1 : 0 ] fa_15_24 = fa_14_23 [ 1 ] + fa_14_24 [ 0 ] + fa_15_23 [ 1 ] ;
    wire [ 1 : 0 ] fa_15_25 = fa_14_24 [ 1 ] + fa_14_25 [ 0 ] + fa_15_24 [ 1 ] ;
    wire [ 1 : 0 ] fa_15_26 = fa_14_25 [ 1 ] + fa_14_26 [ 0 ] + fa_15_25 [ 1 ] ;
    wire [ 1 : 0 ] fa_15_27 = fa_14_26 [ 1 ] + fa_14_27 [ 0 ] + fa_15_26 [ 1 ] ;
    wire [ 1 : 0 ] fa_15_28 = fa_14_27 [ 1 ] + fa_14_28 [ 0 ] + fa_15_27 [ 1 ] ;
    wire [ 1 : 0 ] fa_15_29 = fa_14_28 [ 1 ] + fa_14_29 [ 0 ] + fa_15_28 [ 1 ] ;
    wire [ 1 : 0 ] fa_15_30 = fa_14_29 [ 1 ] +  b_15_a [ 15 ] + fa_15_29 [ 1 ] ;
    
    assign p [ 16 ] = fa_15_16 [ 0 ] ;
    assign p [ 17 ] = fa_15_17 [ 0 ] ;
    assign p [ 18 ] = fa_15_18 [ 0 ] ;
    assign p [ 19 ] = fa_15_19 [ 0 ] ;
    assign p [ 20 ] = fa_15_20 [ 0 ] ;
    assign p [ 21 ] = fa_15_21 [ 0 ] ;
    assign p [ 22 ] = fa_15_22 [ 0 ] ;
    assign p [ 23 ] = fa_15_23 [ 0 ] ;
    assign p [ 24 ] = fa_15_24 [ 0 ] ;
    assign p [ 25 ] = fa_15_25 [ 0 ] ;
    assign p [ 26 ] = fa_15_26 [ 0 ] ;
    assign p [ 27 ] = fa_15_27 [ 0 ] ;
    assign p [ 28 ] = fa_15_28 [ 0 ] ;
    assign p [ 29 ] = fa_15_29 [ 0 ] ;
    assign p [ 30 ] = fa_15_30 [ 0 ] ;
    assign p [ 31 ] = fa_15_30 [ 1 ] ;


endmodule